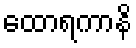
ထောရကာနိ